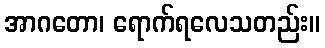
အာဂတော၊ ရောက်ရလေသတည်း။